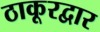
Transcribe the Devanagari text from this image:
ठाकूरद्वार